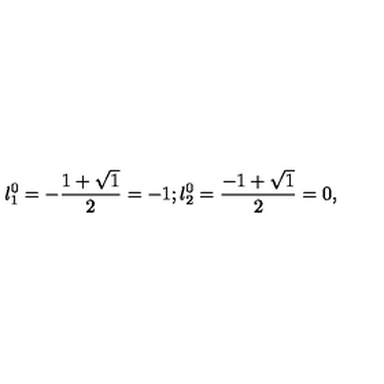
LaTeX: { l _ { 1 } ^ { 0 } } = - \frac { 1 + \sqrt { 1 } } { 2 } = - 1 ; { l _ { 2 } ^ { 0 } } = \frac { - 1 + \sqrt { 1 } } { 2 } = 0 ,